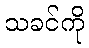
သခင်ကို